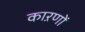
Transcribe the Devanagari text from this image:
काऱणों